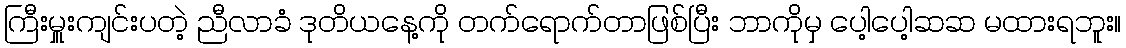
ကြီးမှူးကျင်းပတဲ့ ညီလာခံ ဒုတိယနေ့ကို တက်ရောက်တာဖြစ်ပြီး ဘာကိုမှ ပေါ့ပေါ့ဆဆ မထားရဘူး။